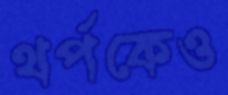
থর্পকেও